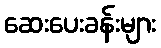
ဆေးပေးခန်းများ